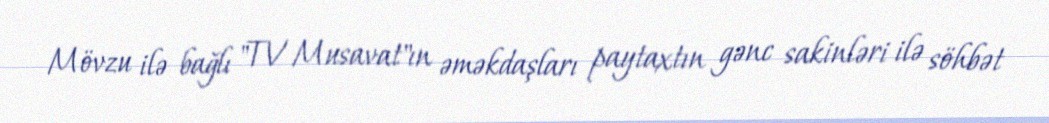
Mövzu ilə bağlı "TV Musavat"ın əməkdaşları paytaxtın gənc sakinləri ilə söhbət